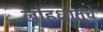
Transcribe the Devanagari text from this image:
लोहधातूचे